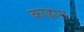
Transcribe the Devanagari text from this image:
काह्नपा